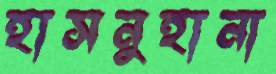
হাসনুহানা